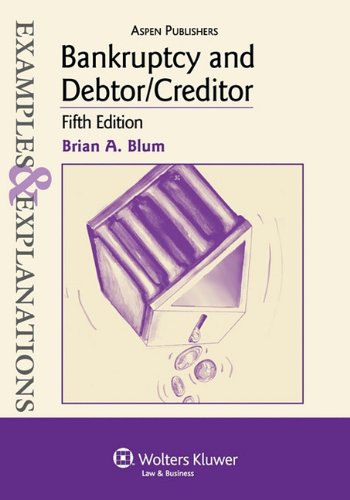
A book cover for Bankruptcy and Debtor/Creditor: Examples & Explanations, 5th Edition; Brian A. Blum; Law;